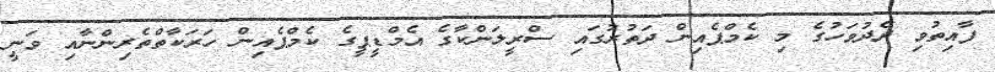
ފާއިތުވި ދެދުވަހުގެ މި ކެމްޕެއިން ދަތުރުގައި ސްރީލަންކާގެ އެމްޑީޕީގެ ކެމްޕެއިން ހަރަކާތްތެރިންނާއި ވަނީ